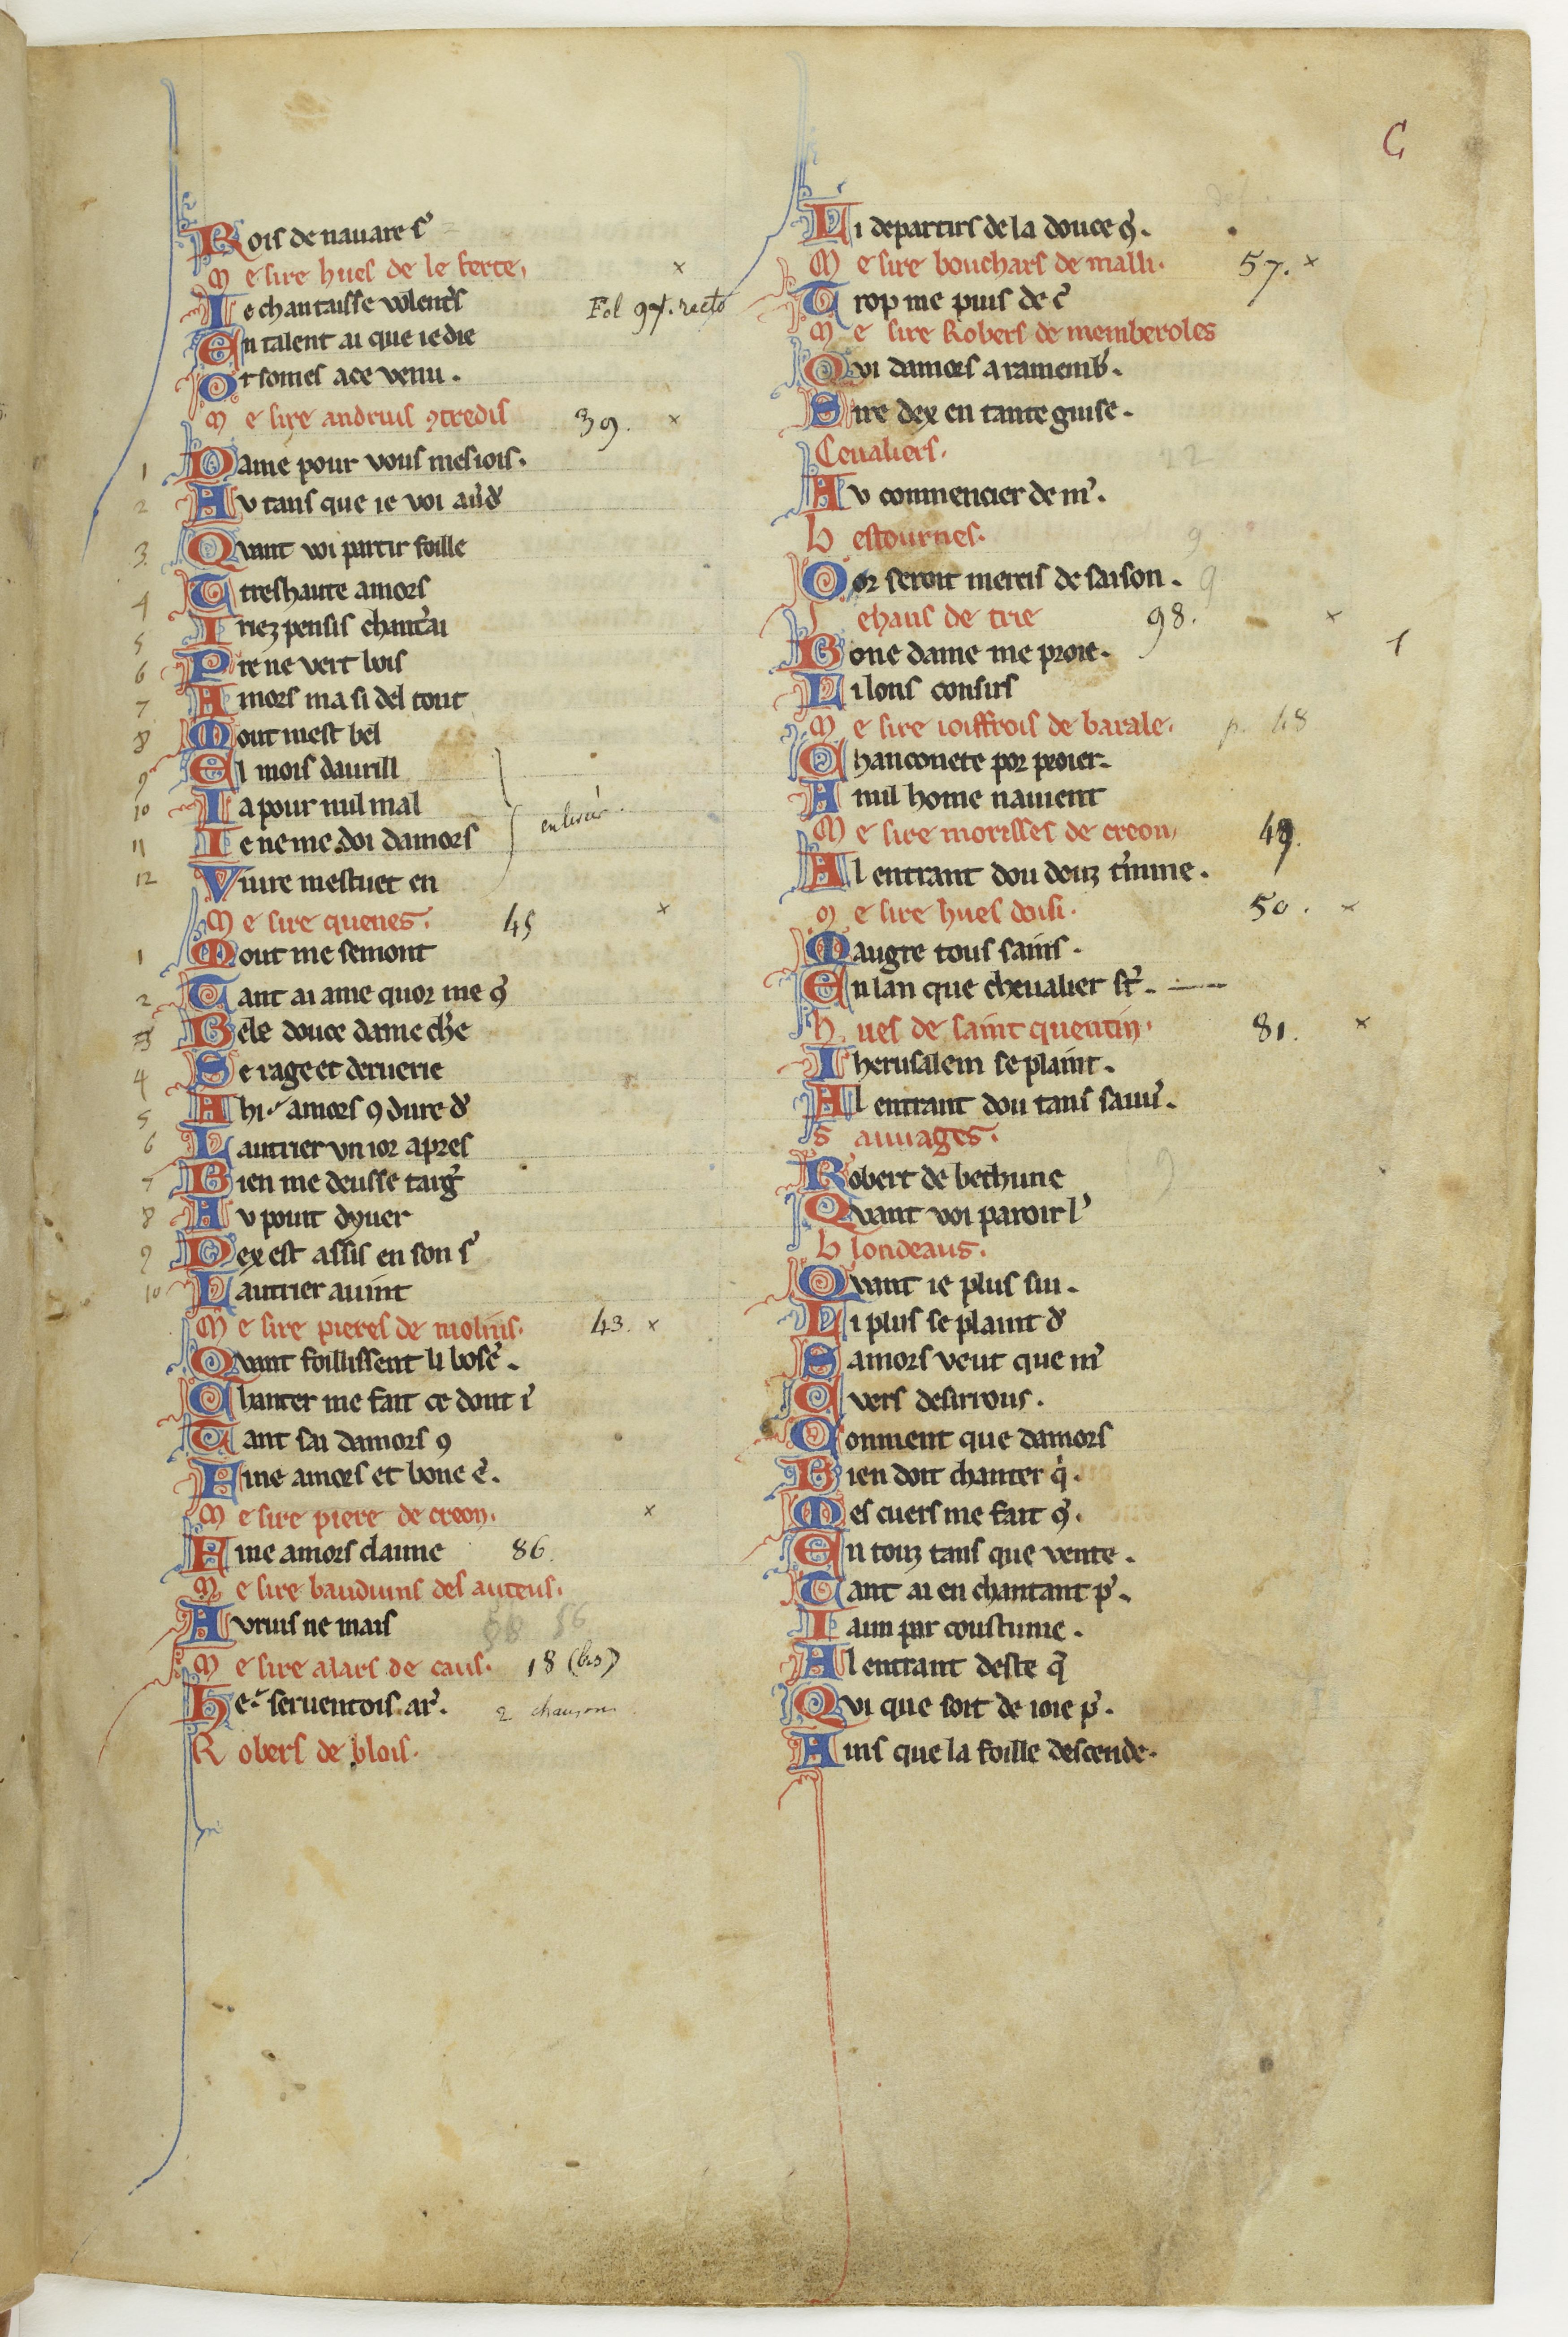
Shelfmark: Paris, BnF, fr. 844
Century: 13